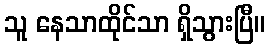
သူ နေသာထိုင်သာ ရှိသွားပြီ။